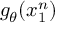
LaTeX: g _ { \theta } ( x _ { 1 } ^ { n } )